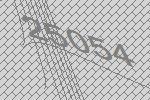
25054